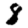
Digit: 8